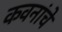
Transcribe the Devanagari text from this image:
कवनांचे